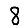
Digit: 8